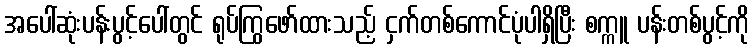
အပေါ်ဆုံးပန်းပွင့်ပေါ်တွင် ရုပ်ကြွဖော်ထားသည့် ငှက်တစ်ကောင်ပုံပါရှိပြီး စက္ကူ ပန်းတစ်ပွင့်ကို